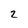
Character: 2